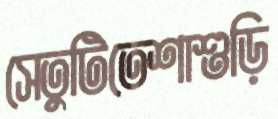
সেতুটিতেশাশুড়ি